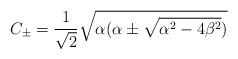
\begin{align*}C_{\pm}=\frac{1}{\sqrt{2}}\sqrt{\alpha (\alpha \pm\sqrt{\alpha^{2}-4\beta^{2}})}\end{align*}